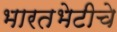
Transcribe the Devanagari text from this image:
भारतभेटीचे